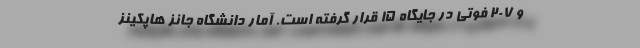
و ۲۰۷ فوتی در جایگاه ۱۵ قرار گرفته است. آمار دانشگاه جانز هاپکینز